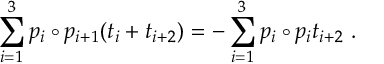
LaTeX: \sum _ { i = 1 } ^ { 3 } p _ { i } \circ p _ { i + 1 } ( t _ { i } + t _ { i + 2 } ) = - \sum _ { i = 1 } ^ { 3 } p _ { i } \circ p _ { i } t _ { i + 2 } ~ .